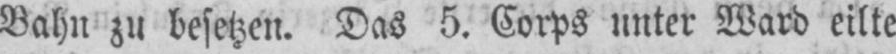
Bahn zu besetzen. Das 5. Corps unter Ward eilte